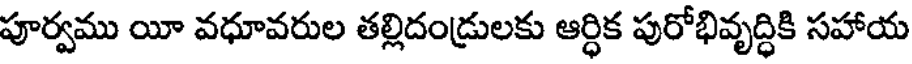
పూర్వము యీ వధూవరుల తల్లిదండ్రులకు ఆర్ధిక పురోభివృద్ధికి సహాయ